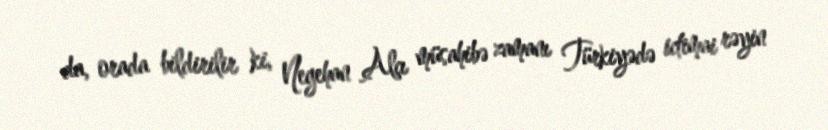
da, orada bildirilir ki, Negehan Alçı müsahibə zamanı Türkiyədə ictimai rəyin